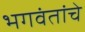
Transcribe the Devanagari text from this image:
भगवंतांचे